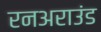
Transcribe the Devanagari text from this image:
रनअराउंड